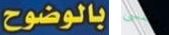
بالوضوح بنفسى